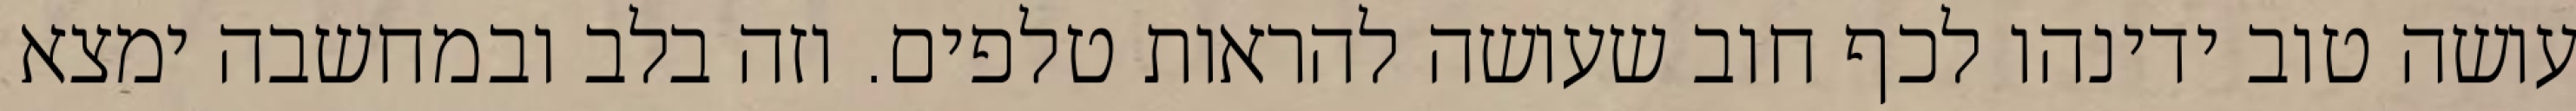
עושה טוב ידינהו לכף חוב שעושה להראות טלפים. וזה בלב ובמחשבה ימצא